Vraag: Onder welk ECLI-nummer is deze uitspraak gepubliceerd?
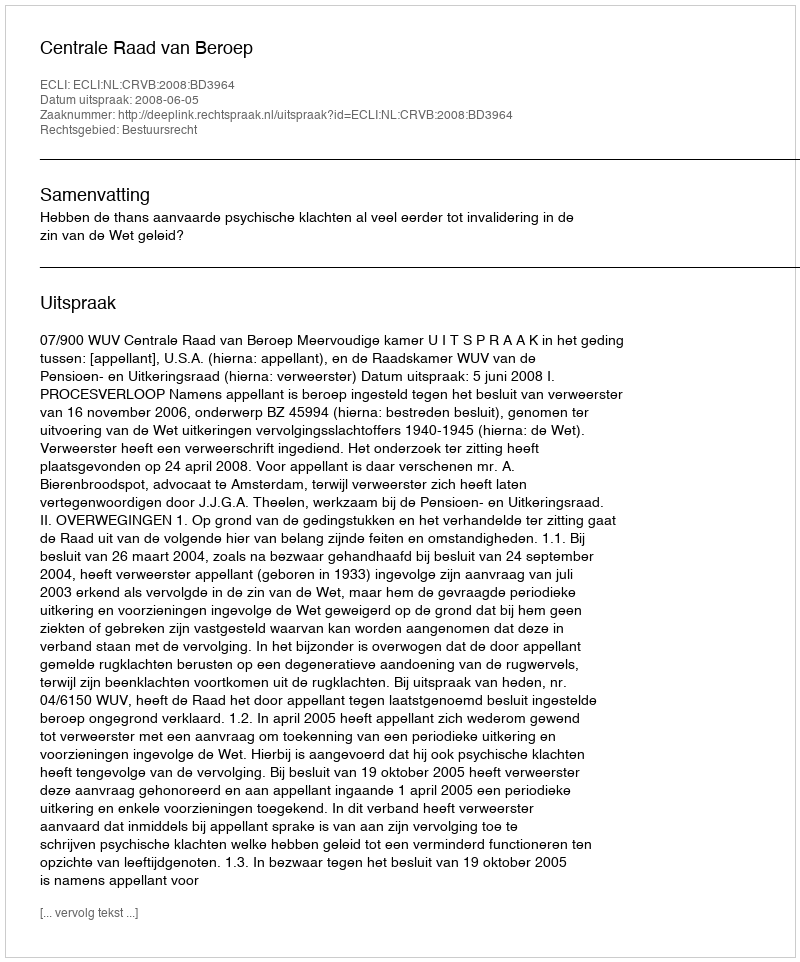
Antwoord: ECLI:NL:CRVB:2008:BD3964